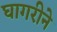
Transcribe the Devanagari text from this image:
घागरीने